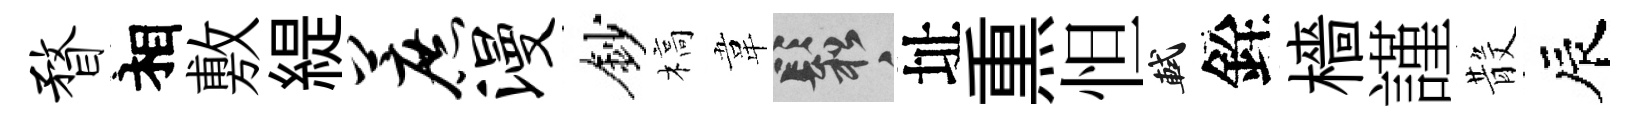
瞀相敷緹蔗漫鈔槁韋鬆址𤋱怛軾銓檣謹𣪚辰